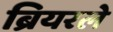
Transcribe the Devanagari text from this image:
ब्रियरले